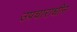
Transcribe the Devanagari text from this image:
उपचाराधीन